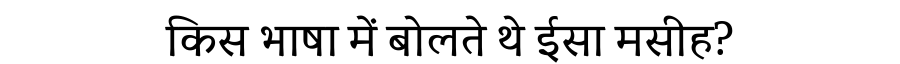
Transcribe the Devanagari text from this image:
किस भाषा में बोलते थे ईसा मसीह?